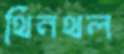
থিনথল